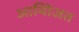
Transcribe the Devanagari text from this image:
आयोिजत